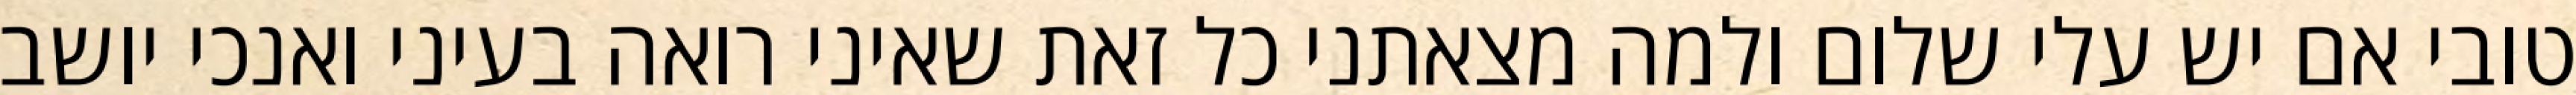
טובי אם יש עלי שלום ולמה מצאתני כל זאת שאיני רואה בעיני ואנכי יושב